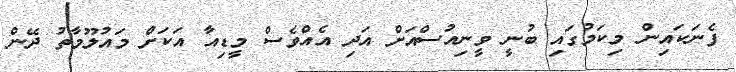
ފެނަކައިން މިކަމުގައި ބުނީ ވީނިއުސްއަށް އަދި އެއްވެސް މީޑިއާ އަކަށް މައުލޫމާތު ދޭން